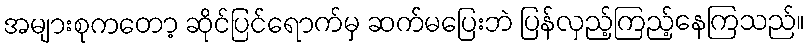
အများစုကတော့ ဆိုင်ပြင်ရောက်မှ ဆက်မပြေးဘဲ ပြန်လှည့်ကြည့်နေကြသည်။